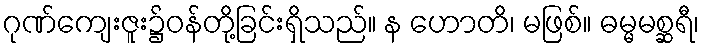
ဂုဏ်ကျေးဇူး၌ဝန်တို့ခြင်းရှိသည်။ န ဟောတိ၊ မဖြစ်။ ဓမ္မမစ္ဆရီ၊